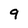
Character: 9